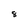
Character: 8